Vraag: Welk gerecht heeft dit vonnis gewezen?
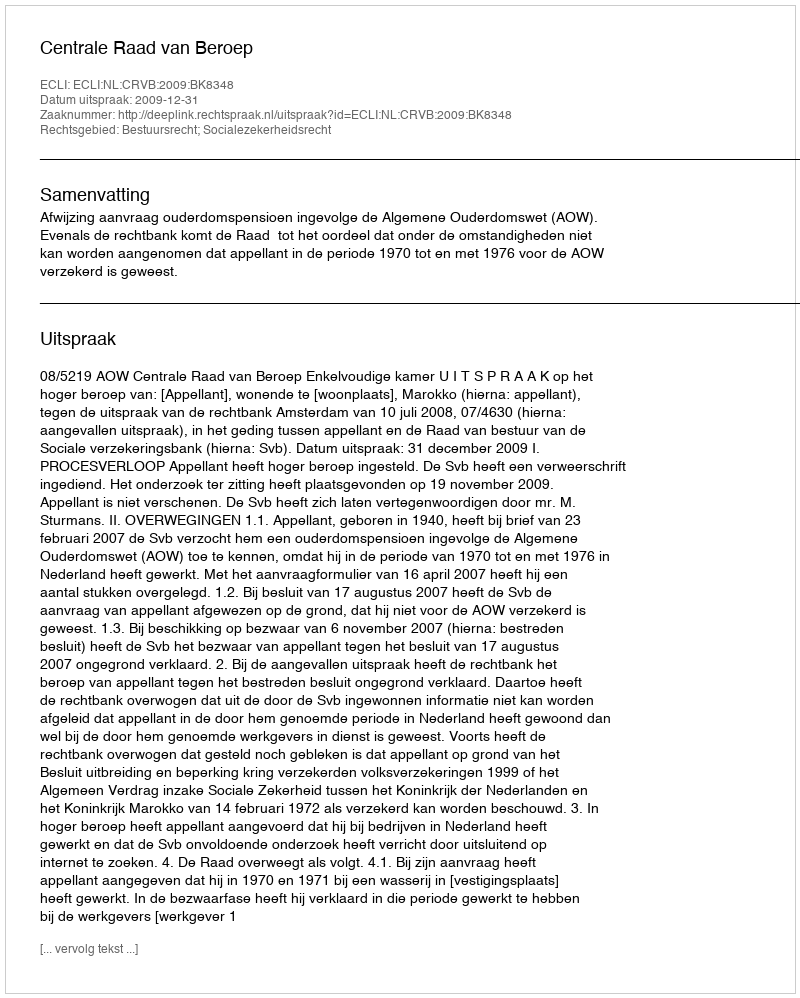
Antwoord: Centrale Raad van Beroep